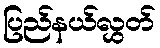
ပြည်နယ်လွှတ်